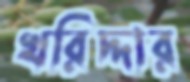
খরিদ্দার